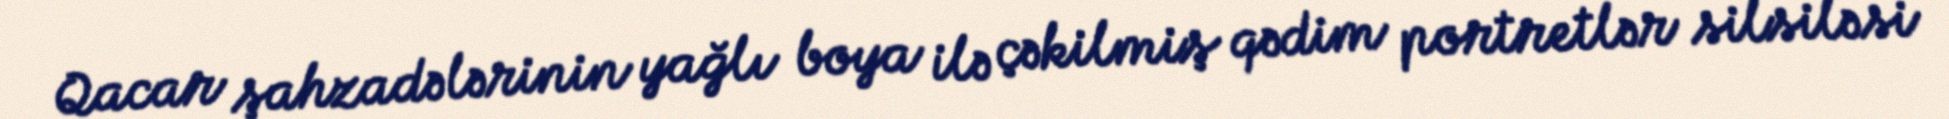
Qacar şahzadələrinin yağlı boya ilə çəkilmiş qədim portretlər silsiləsi